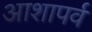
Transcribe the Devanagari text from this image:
आशापर्व